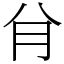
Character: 䏌